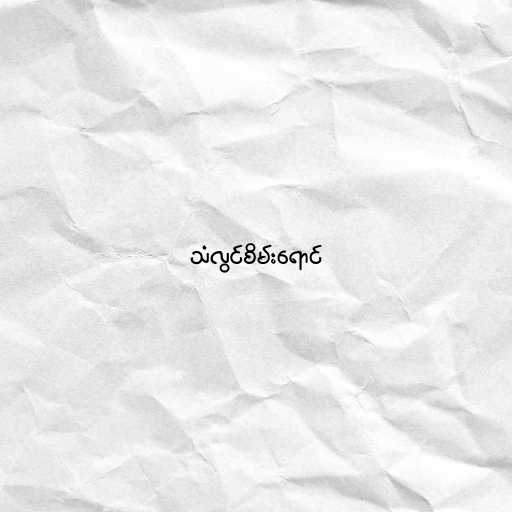
သံလွင်စိမ်းရောင်